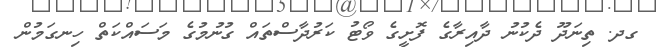
ގދ. ތިނަދޫ ދެކުނު ދާއިރާގެ ފޮށީގެ ވޯޓު ކަރުދާސްތައް ގުނުމުގެ މަސައްކަތް ހިނގަމުން